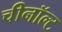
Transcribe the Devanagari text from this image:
चीनॉल्ट